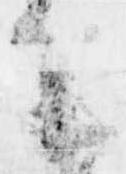
候